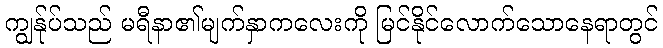
ကျွန်ုပ်သည် မရီနာ၏မျက်နှာကလေးကို မြင်နိုင်လောက်သောနေရာတွင်